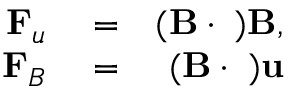
\begin{array} { r l r } { { \bf F } _ { u } } & { { } = } & { { \bf ( B \cdot \nabla ) B } , } \\ { { \bf F } _ { B } } & { { } = } & { { \bf ( B \cdot \nabla ) u } } \end{array}